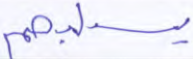
يسلبهم